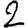
Digit: 2